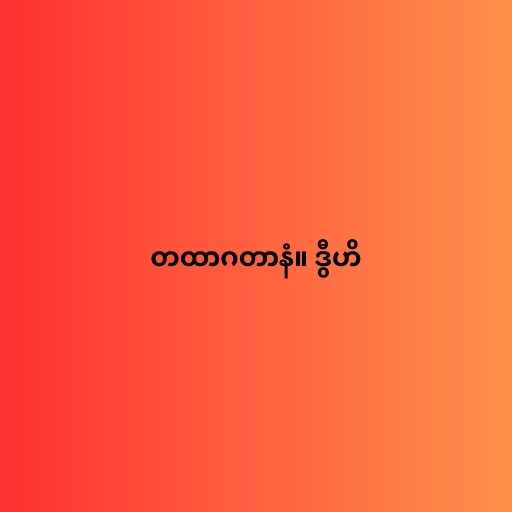
တထာဂတာနံ။ ဒွီဟိ